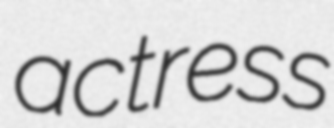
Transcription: actress